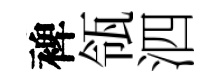
裨瓴泗